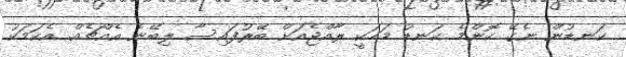
ކަނޑުން ނެގޭ ކޮންމެ ކަނޑު މަހަކީ ރާއްޖެއަށް ބޭރުފައިސާ ލިބޭނެ އެއްޗެއް. އެކަމަކު